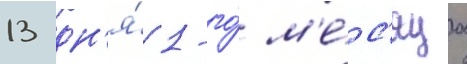
13 дн'я́ 1-го́ м'е́с'яца